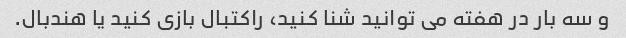
و سه بار در هفته می توانید شنا کنید، راکتبال بازی کنید یا هندبال.